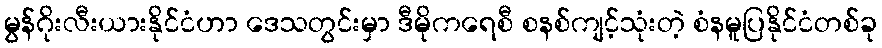
မွန်ဂိုးလီးယားနိုင်ငံဟာ ဒေသတွင်းမှာ ဒီမိုကရေစီ စနစ်ကျင့်သုံးတဲ့ စံနမူပြနိုင်ငံတစ်ခု